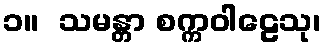
၁။  သမန္တာ စက္ကဝါဠေသု၊